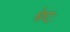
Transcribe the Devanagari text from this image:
श्रेष्टः